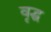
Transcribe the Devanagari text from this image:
वृद्घ